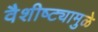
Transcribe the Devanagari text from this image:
वैशीष्ट्यामुळे